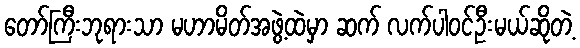
တော်ကြီးဘုရားသာ မဟာမိတ်အဖွဲ့ထဲမှာ ဆက် လက်ပါဝင်ဦးမယ်ဆိုတဲ့